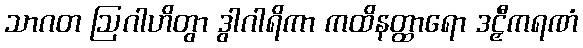
သာဂတ ဩဂါဟိတွာ ဒွါဂါရိကာ ကထိနတ္ထာရော ဒဠှီကရဏံ